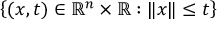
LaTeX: \left\{ ( x , t ) \in \mathbb { R } ^ { n } \times \mathbb { R } : \lVert x \rVert \leq t \right\}